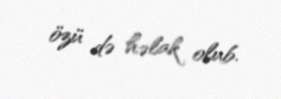
özü də həlak olub.